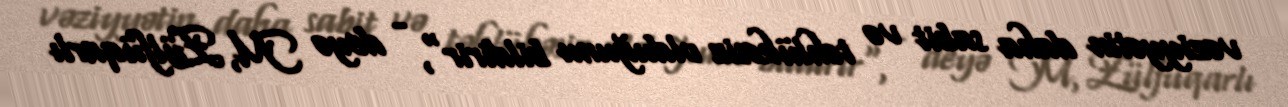
vəziyyətin daha sabit və təhlükəsiz olduğunu bildirir", - deyə M, Zülfüqarlı